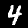
Label: 4